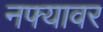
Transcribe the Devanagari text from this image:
नफ्यावर